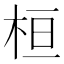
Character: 桓